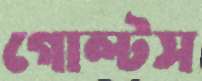
গোল্টস